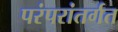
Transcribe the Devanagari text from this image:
परंपरांतर्गत